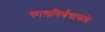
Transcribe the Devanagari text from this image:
कालनिर्णयाकडे